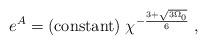
LaTeX: \begin{align*}e^A = {\rm (constant)} \; \chi^{- \frac{3 + \sqrt{3 \Omega_0}}{6}} \; ,\end{align*}